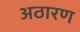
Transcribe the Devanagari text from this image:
अठारण